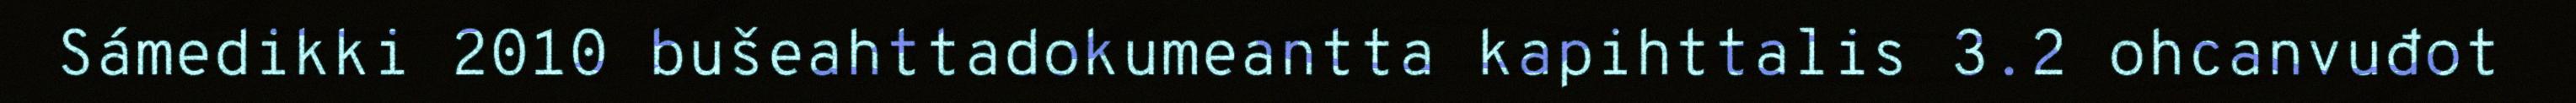
Sámedikki 2010 bušeahttadokumeantta kapihttalis 3.2 ohcanvuđot